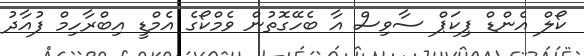
ކޯލް އެންޑް ޕިކަޕް ސާވިސް އާ ބެހޭގޮތުން ވެމްކޯގެ އެމްޑީ އިބްރާހިމް ފުއާދު